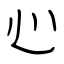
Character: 心